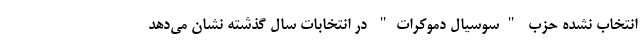
انتخاب نشده حزب "سوسیال دموکرات" در انتخابات سال گذشته نشان می‌دهد